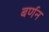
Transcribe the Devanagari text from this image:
बर्णन